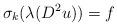
LaTeX: \begin{align*}\sigma_k(\lambda(D^2u))=f\end{align*}